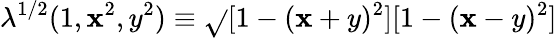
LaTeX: \lambda^{1/2}(1,\mathbf{x}^{2},y^{2})\equiv\sqrt{}{{[1-(\mathbf{x}+y)^{2}][1-(\mathbf{x}-y)^{2}]}}